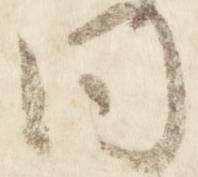
同